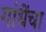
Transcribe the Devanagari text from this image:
गांधेंचा